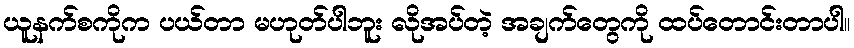
ယူနက်စကိုက ပယ်တာ မဟုတ်ပါဘူး လိုအပ်တဲ့ အချက်တွေကို ထပ်တောင်းတာပါ။